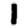
Digit: 1